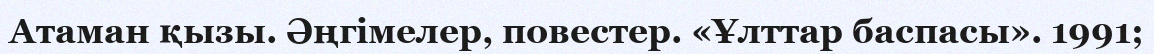
Атаман қызы. Әңгімелер, повестер. «Ұлттар баспасы». 1991;